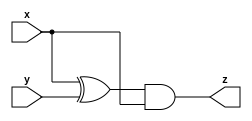
module A(input x,input y,output z);
    assign z = (x^y)&x;
endmodule

module B(input x,input y,output z);
    assign z = ~(x^y);
endmodule

module top_module (input x, input y, output z);
    wire w1,w2,w3,w4;
    
    A IA1(x,y,w1);
    B IB1(x,y,w2);
    A IA2(x,y,w3);
    B IB2(x,y,w4);
    
    assign z = (w1|w2)^(w3&w4);
    
endmodule